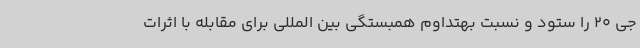
جی 20 را ستود و نسبت بهتداوم همبستگی بین المللی برای مقابله با اثرات